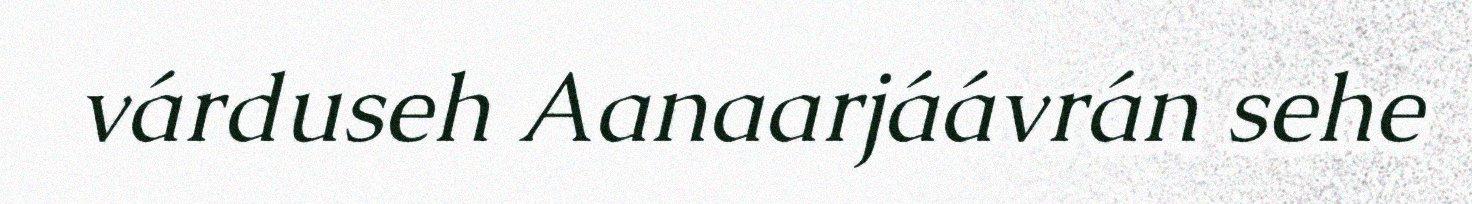
várduseh Aanaarjáávrán sehe